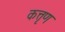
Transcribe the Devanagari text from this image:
कत्तृण